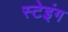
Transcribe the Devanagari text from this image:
स्टेइंग